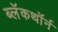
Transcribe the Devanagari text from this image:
ब्लॅकथॉर्न